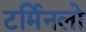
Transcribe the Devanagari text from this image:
टर्मिनलो